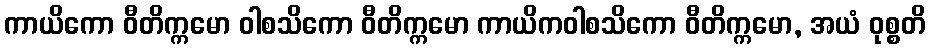
ကာယိကော ဝီတိက္ကမော ဝါစသိကော ဝီတိက္ကမော ကာယိကဝါစသိကော ဝီတိက္ကမော, အယံ ဝုစ္စတိ